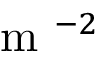
\mathrm { ~ m ~ } ^ { - 2 }